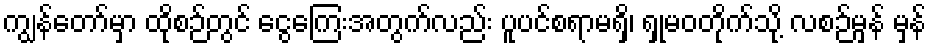
ကျွန်တော်မှာ ထိုစဉ်တွင် ငွေကြေးအတွက်လည်း ပူပင်စရာမရှိ၊ ရှုမဝတိုက်သို့ လစဉ်မှန် မှန်